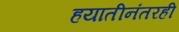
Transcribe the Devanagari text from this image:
हयातीनंतरही